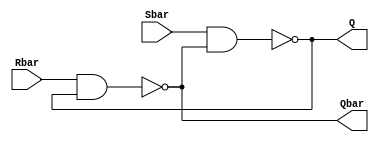
module SR_latch(Q, Qbar, Sbar, Rbar);

output Q, Qbar;
input Sbar, Rbar;

nand n1(Q, Sbar, Qbar);
nand n2(Qbar, Rbar, Q);
endmodule

module Top;

wire q, qbar;
reg set, reset;

SR_latch m1(q, qbar, ~set, ~reset);
initial
begin
	$monitor($time, "set = %b, reset= %b, q= %b\n", set, reset, q);
	set =0; reset =0;
	#5 reset = 1;
	#5 reset =0;
	#5 set=1;
	#100 $finish;
end
initial begin
	$dumpfile("tesetbench.vcd");
	$dumpvars;
end


endmodule